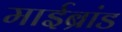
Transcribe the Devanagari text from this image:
माईब्रांड